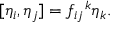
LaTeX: [ \eta _ { i } , \eta _ { j } ] = f _ { i j } ^ { \, \, \, \, k } \eta _ { k } .